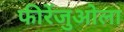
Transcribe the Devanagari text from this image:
फीरेंजुओला